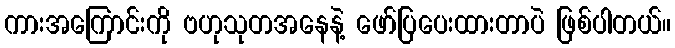
ကားအကြောင်းကို ဗဟုသုတအနေနဲ့ ဖော်ပြပေးထားတာပဲ ဖြစ်ပါတယ်။